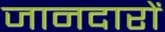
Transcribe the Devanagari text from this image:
जानदारों